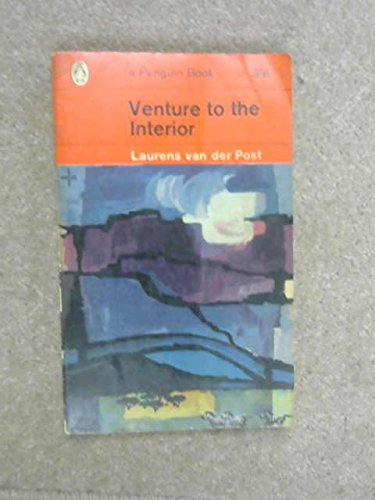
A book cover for Venture To The Interior; Laurens Van Der Post; Travel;